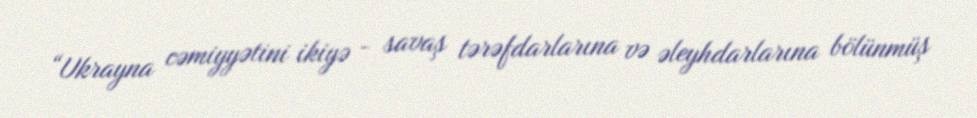
“Ukrayna cəmiyyətini ikiyə - savaş tərəfdarlarına və əleyhdarlarına bölünmüş